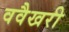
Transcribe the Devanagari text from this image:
ववैखरी